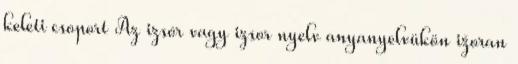
keleti csoport Az izsór vagy izsor nyelv anyanyelvükön ižoran